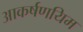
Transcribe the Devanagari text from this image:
आकर्षणयिम